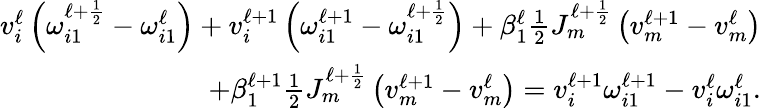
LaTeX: \begin{array}{r}{v_{i}^{\ell}\left(\omega_{i1}^{\ell+\frac{1}{2}}-\omega_{i1}^{\ell}\right)+v_{i}^{\ell+1}\left(\omega_{i1}^{\ell+1}-\omega_{i1}^{\ell+\frac{1}{2}}\right)+\beta_{1}^{\ell}\frac{1}{2}J_{m}^{\ell+\frac{1}{2}}\left(v_{m}^{\ell+1}-v_{m}^{\ell}\right)}\\ {+\beta_{1}^{\ell+1}\frac{1}{2}J_{m}^{\ell+\frac{1}{2}}\left(v_{m}^{\ell+1}-v_{m}^{\ell}\right)=v_{i}^{\ell+1}\omega_{i1}^{\ell+1}-v_{i}^{\ell}\omega_{i1}^{\ell}.}\end{array}